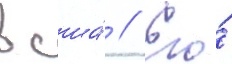
в сша́ // Его́